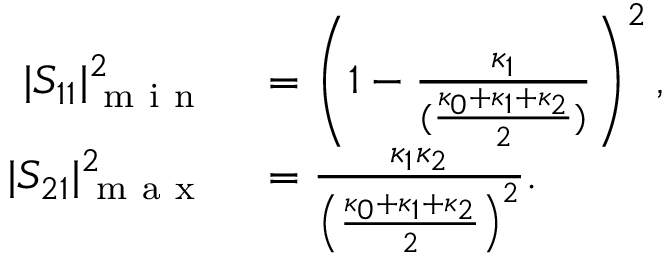
\begin{array} { r l } { | S _ { 1 1 } | _ { \mathrm { ~ m ~ i ~ n ~ } } ^ { 2 } } & { { } = \left( 1 - \frac { \kappa _ { 1 } } { ( \frac { \kappa _ { 0 } + \kappa _ { 1 } + \kappa _ { 2 } } { 2 } ) } \right) ^ { 2 } , } \\ { | S _ { 2 1 } | _ { \mathrm { ~ m ~ a ~ x ~ } } ^ { 2 } } & { { } = \frac { \kappa _ { 1 } \kappa _ { 2 } } { \left( \frac { \kappa _ { 0 } + \kappa _ { 1 } + \kappa _ { 2 } } { 2 } \right) ^ { 2 } } . } \end{array}